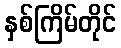
နှစ်ကြိမ်တိုင်